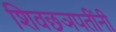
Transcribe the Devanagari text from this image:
शिवछञपतींनी